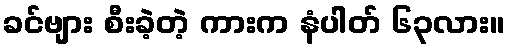
ခင်ဗျား စီးခဲ့တဲ့ ကားက နံပါတ် ၆၃လား။